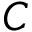
C